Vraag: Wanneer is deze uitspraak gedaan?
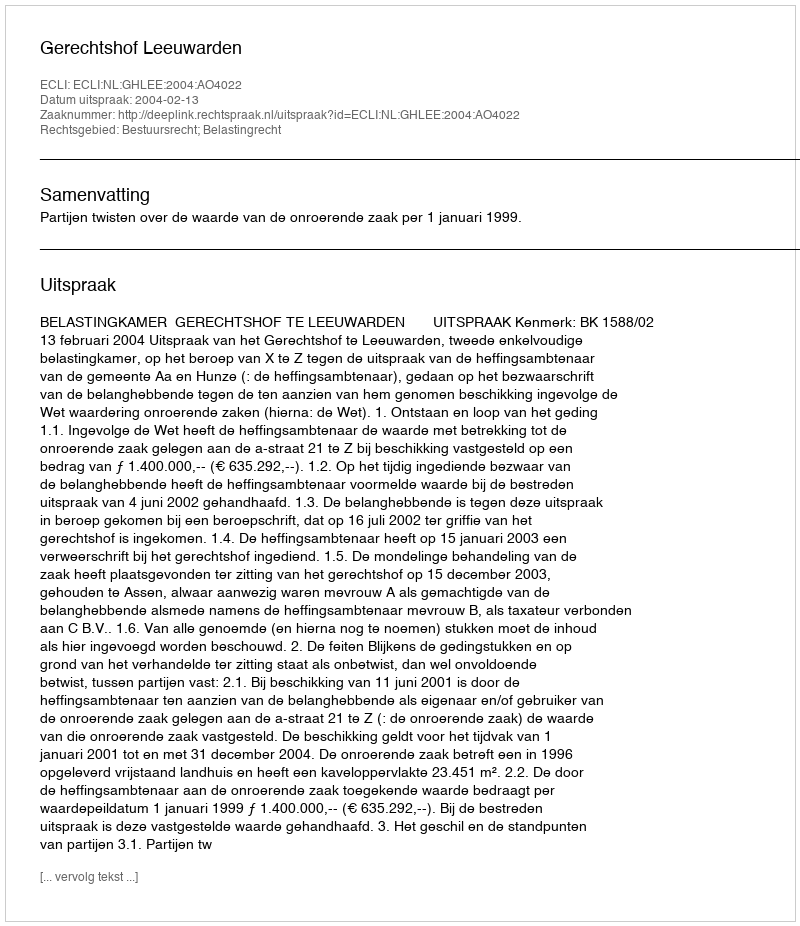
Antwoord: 2004-02-13